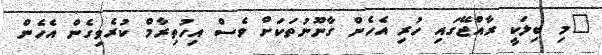
"މި ބިލަކީ ރާއްޖޭގައި ހުރި އެހެން ގާނޫނުތަކަށް ވެސް އިހުތިރާމް ކުރެވިގެން އެހެން